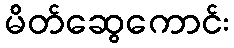
မိတ်ဆွေကောင်း